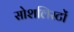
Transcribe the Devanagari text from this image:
सोशलिस्टों